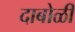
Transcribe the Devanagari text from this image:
दाबोळी